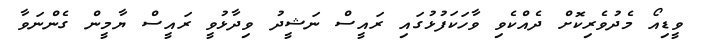
ވީޑިއޯ މެދުވެރިކޮށް ދެއްކެވި ވާހަކަފުޅުގައި ރައީސް ނަޝީދު ވިދާޅުވީ ރައީސް ޔާމީން ގެންނަވާ